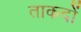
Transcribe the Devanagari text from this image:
ताकदों